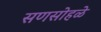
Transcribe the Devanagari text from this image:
सणसोहळे